Civil Veterinary Department ledger series I-VI
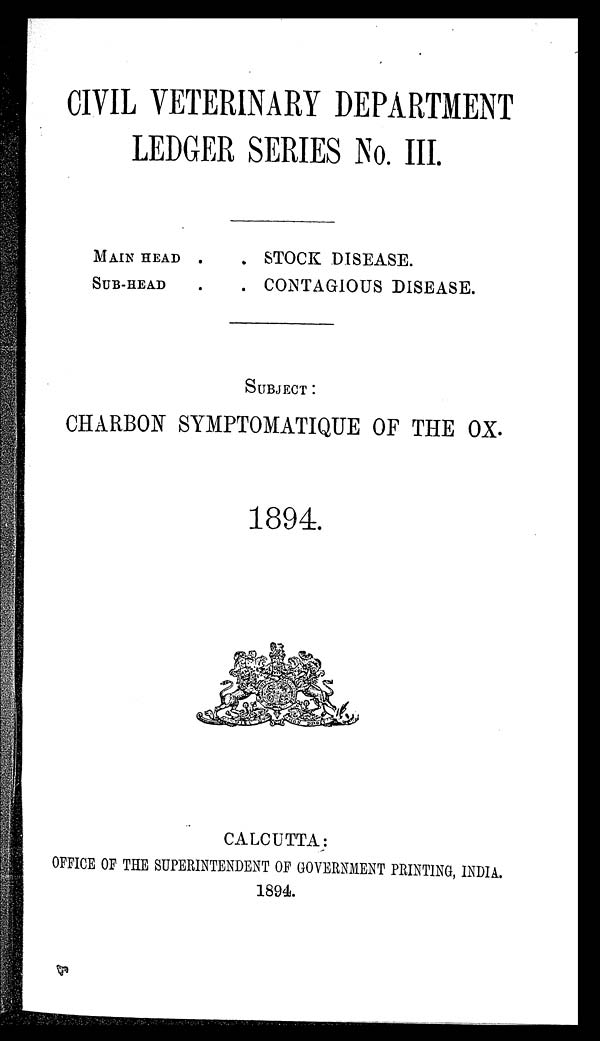
CIVIL VETERINARY DEPARTMENT
LEDGER SERIES No. III.
MAIN HEAD .
SUB-HEAD
. STOCK DISEASE.
. CONTAGIOUS DISEASE.
SUBJECT :
CHARBON SYMPTOMATIQUE OF THE OX.
1894.
CALCUTTA:
OFFICE OF THE SUPERINTENDENT OF GOVERNMENT PRINTING, INDIA.
1894.